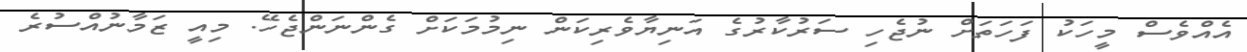
އެއްވެސް މީހަކު ފަހަތަށް ނުޖެހި ސަރުކާރުގެ އަނިޔާވެރިކަން ނިމުމަކަށް ގެންނަންޖެހޭ. މިއީ ޒަމާނުއްސުރެ